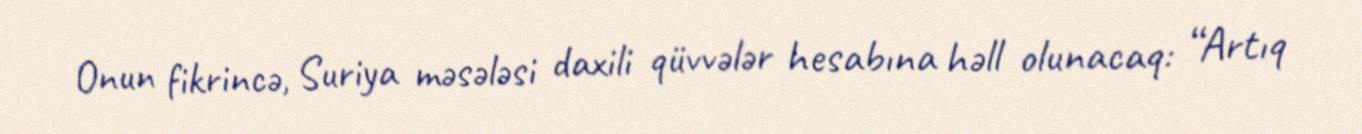
Onun fikrincə, Suriya məsələsi daxili qüvvələr hesabına həll olunacaq: “Artıq